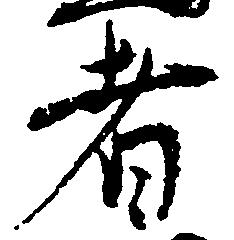
者